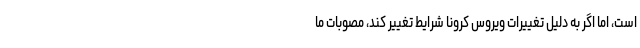
است، اما اگر به دلیل تغییرات ویروس کرونا شرایط تغییر کند، مصوبات ما